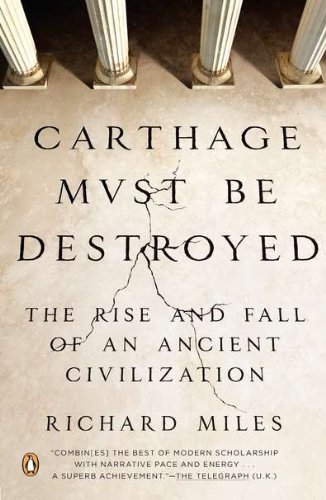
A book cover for Carthage Must Be Destroyed: The Rise and Fall of an Ancient Civilization; Richard Miles; History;